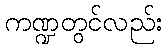
ကဏ္ဍတွင်လည်း